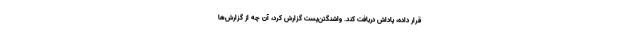
قرار داده، پاداش دریافت کند. واشنگتن‌پست گزارش کرد، آن‌ چه از گزارش‌ها